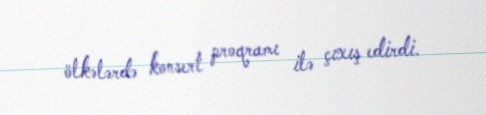
ölkələrdə konsert proqramı ilə çıxış edirdi.